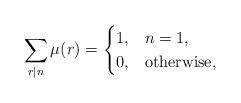
LaTeX: \begin{align*}\sum\limits_{r\mid n}\mu(r)=\begin{cases}1,&n=1,\\0,&{\rm otherwise},\end{cases}\end{align*}